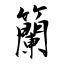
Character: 籣